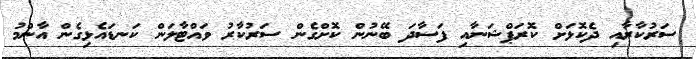
ސަރުކާރާއި ދެކޮޅަށް ކޮރަޕްޝަނާއި ފަސާދަ ބޭނުން ކޮށްގެން ސަރުކާރު ވައްޓާލަން ކަނޑައެޅިގެން އާންމު